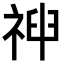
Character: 𥚞